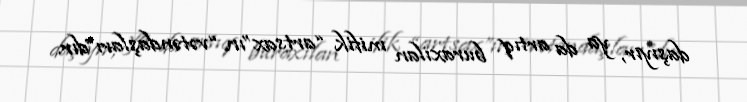
daşıyır, ya da artıq buraxılan mifik “artsax”ın “vətəndaşları”dır.